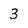
Character: 3